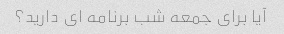
آیا برای جمعه شب برنامه ای دارید؟